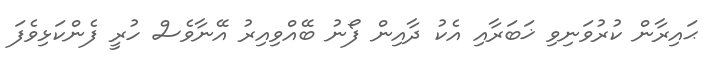
ޙައިރާން ކުރުވަނިވި ޚަބަރާއި އެކު ދާއިން ފޯނު ބޭއްވިއިރު އޭނާވެސް ހުރީ ފެންކަޅިވެފަ